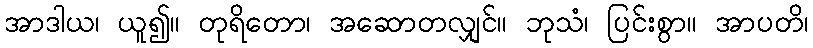
အာဒါယ၊ ယူ၍။ တုရိတော၊ အဆောတလျှင်။ ဘုသံ၊ ပြင်းစွာ။ အာပတိ၊